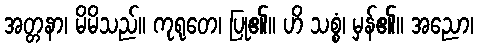
အတ္တနာ၊ မိမိသည်။ ကုရုတေ၊ ပြု၏။ ဟိ သစ္စံ၊ မှန်၏။ အညော၊